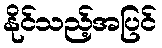
နိုင်သည့်အပြင်